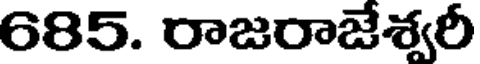
685. రాజరాజేశ్వరీ